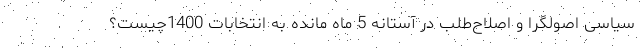
سیاسی اصولگرا و اصلاح‌طلب در آستانه 5 ماه مانده به انتخابات 1400چیست؟